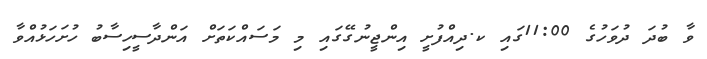
ވާ ބުދަ ދުވަހުގެ 11:00ގައި ކ.ދިއްފުށީ އިންޖީނުގޭގައި މި މަސައްކަތަށް އަންދާސީހިސާބު ހުށަހަޅުއްވާ